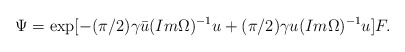
\begin{align*}\Psi =\exp [-(\pi /2)\gamma \bar u(Im \Omega )^{-1}u+(\pi /2)\gamma u (Im \Omega )^{-1}u ]F.\end{align*}